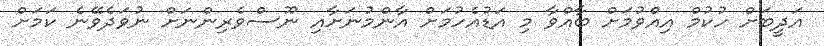
އަދީބަށް ހުކުމް އިއްވުމަށް ބާއްވާ މި އަޑުއެހުމަށް އާންމުނަށާއި ނޫސްވެރިންނަށް ނުވަދެވޭނެ ކަމަށް